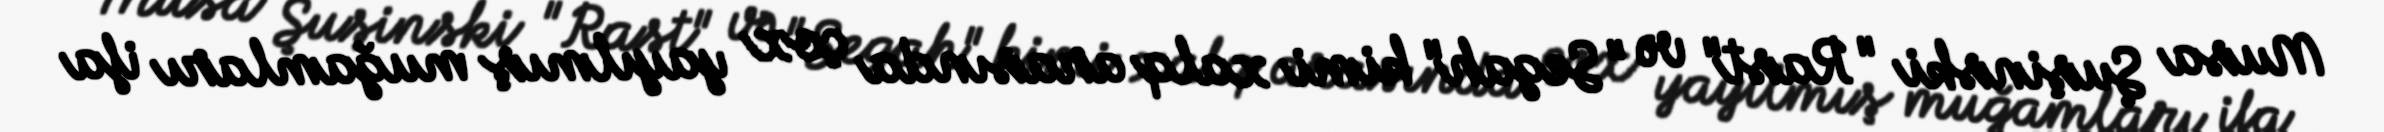
Musa Şuşinski "Rast" və "Segah" kimi xalq arasında çox yayılmış muğamları ifa